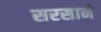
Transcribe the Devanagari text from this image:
सरसाने